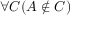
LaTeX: \forall C ( A \notin C )